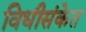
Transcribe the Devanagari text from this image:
विधीसंकेत